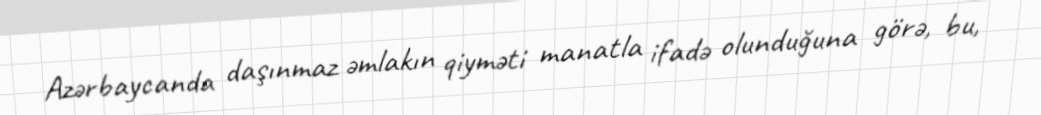
Azərbaycanda daşınmaz əmlakın qiyməti manatla ifadə olunduğuna görə, bu,